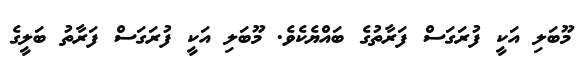
މޫބަލި އަކީ ފުރަގަސް ފަރާތުގެ ބައްޔެކެވެ. މޫބަލި އަކީ ފުރަގަސް ފަރާތު ބަލީގެ